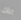
تلك